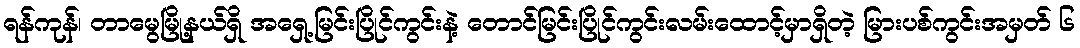
ရန်ကုန်၊ တာမွေမြို့နယ်ရှိ အရှေ့မြင်းပြိုင်ကွင်းနဲ့ တောင်မြင်းပြိုင်ကွင်းလမ်းထောင့်မှာရှိတဲ့ မြားပစ်ကွင်းအမှတ် ၆